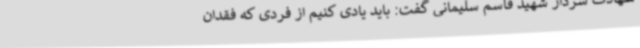
شهادت سردار شهید قاسم سلیمانی گفت: باید یادی کنیم از فردی که فقدان